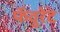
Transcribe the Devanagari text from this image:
फॅवुरेट